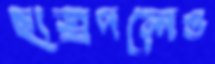
ছাত্রদলেও